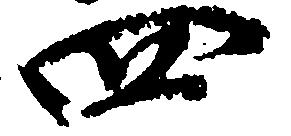
四